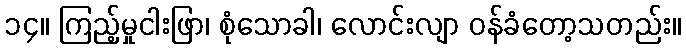
၁၄။ ကြည့်မှုငါးဖြာ၊ စုံသောခါ၊ လောင်းလျာ ဝန်ခံတော့သတည်း။